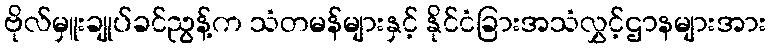
ဗိုလ်မှူးချုပ်ခင်ညွန့်က သံတမန်များနှင့် နိုင်ငံခြားအသံလွှင့်ဌာနများအား